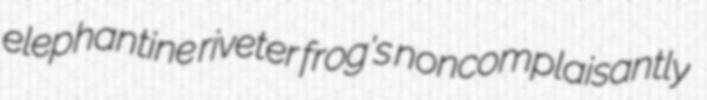
elephantine riveter frog's noncomplaisantly